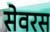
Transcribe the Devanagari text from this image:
सेवरस